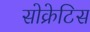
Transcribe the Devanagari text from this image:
सोक्रेटिस